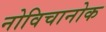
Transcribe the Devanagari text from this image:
नोविचानोक